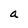
Character: a